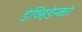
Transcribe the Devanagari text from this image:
डेव्हिडेन्को